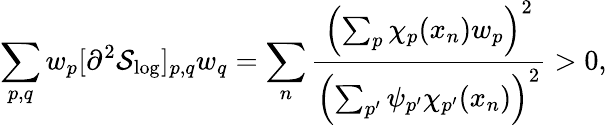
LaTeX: \sum_{p,q}w_{p}[\partial^{2}\mathcal{S}_{\mathrm{log}}]_{p,q}w_{q}=\sum_{n}\frac{\left(\sum_{p}\chi_{p}(x_{n})w_{p}\right)^{2}}{\left(\sum_{p^{\prime}}\psi_{p^{\prime}}\chi_{p^{\prime}}(x_{n})\right)^{2}}>0,